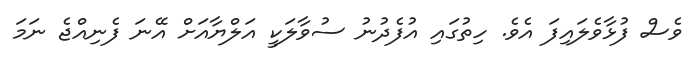
ވެސް ފުޅާވެލައިފަ އެވެ. ހިތުގައި އުފެދުނު ސުވާލަކީ އަލްޔާއަށް އޭނަ ފެނިއްޖެ ނަމަ